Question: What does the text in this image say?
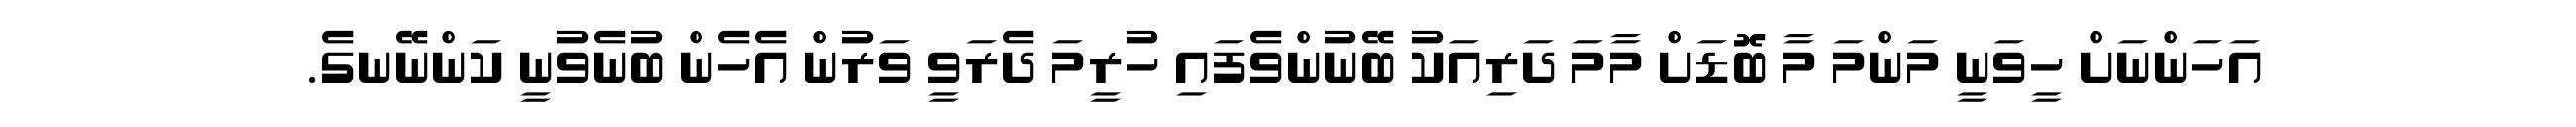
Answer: އަހަންނަށް ހީވަނީ މަންމަ މާ ބޮޑަށް މާމަ ދަރިއަކު ބޭނުންވެފައި ހުރީމަ ދެރަވީ ވަރުން އެހެން ބުނެވުނީ ކަންނޭނގެ.